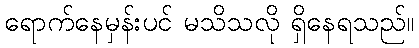
ရောက်နေမှန်းပင် မသိသလို ရှိနေရသည်။